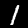
Digit: 1